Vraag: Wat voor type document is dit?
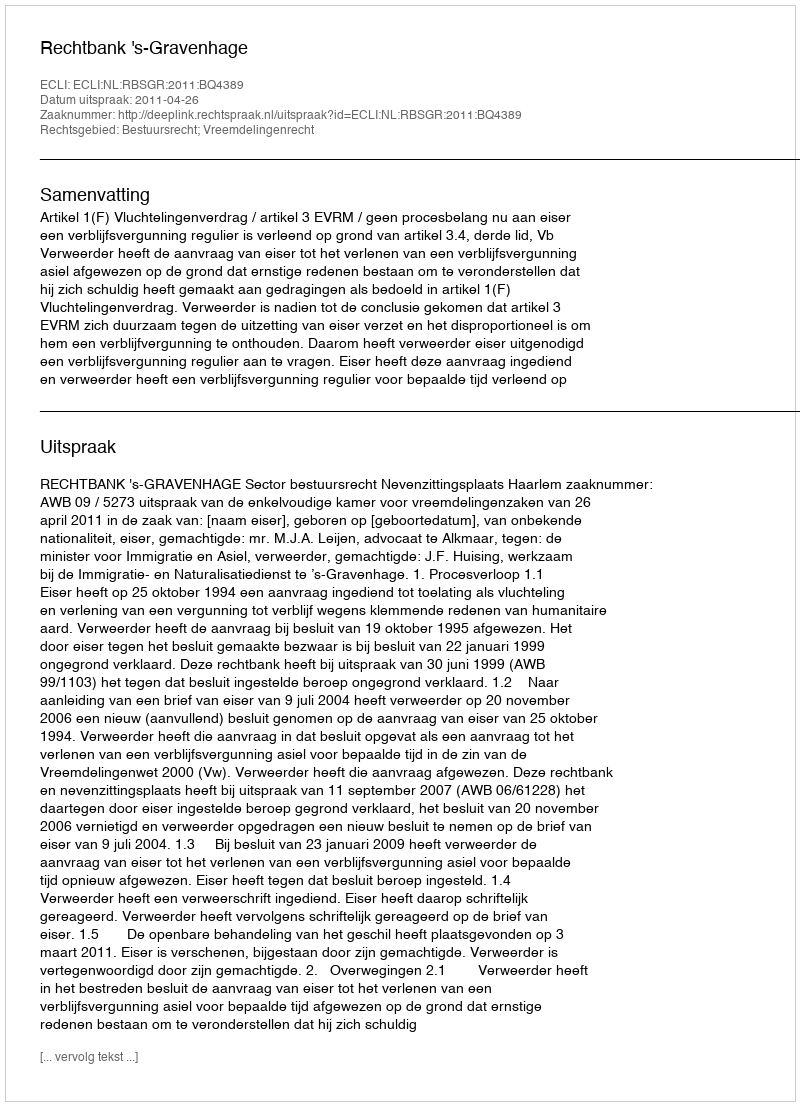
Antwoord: Uitspraak